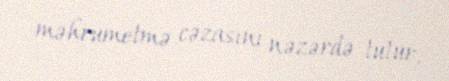
məhrumetmə cəzasını nəzərdə tutur.